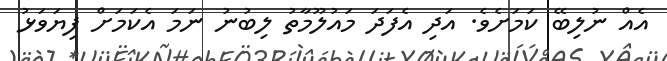
އެއް ނުލިބޭ ކަމަށެވެ. އަދި އެފަދަ މައުލޫމާތު ލިބުނު ނަމަ އެކަމަށް ފިޔަވަޅު